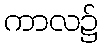
ကာလ၌